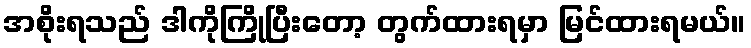
အစိုးရသည် ဒါကိုကြိုပြီးတော့ တွက်ထားရမှာ မြင်ထားရမယ်။